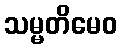
သမ္မတိမေဝ